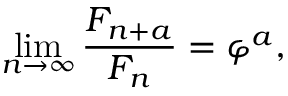
\operatorname* { l i m } _ { n \to \infty } { \frac { F _ { n + a } } { F _ { n } } } = \varphi ^ { a } ,